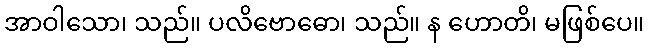
အာဝါသော၊ သည်။ ပလိဗောဓော၊ သည်။ န ဟောတိ၊ မဖြစ်ပေ။